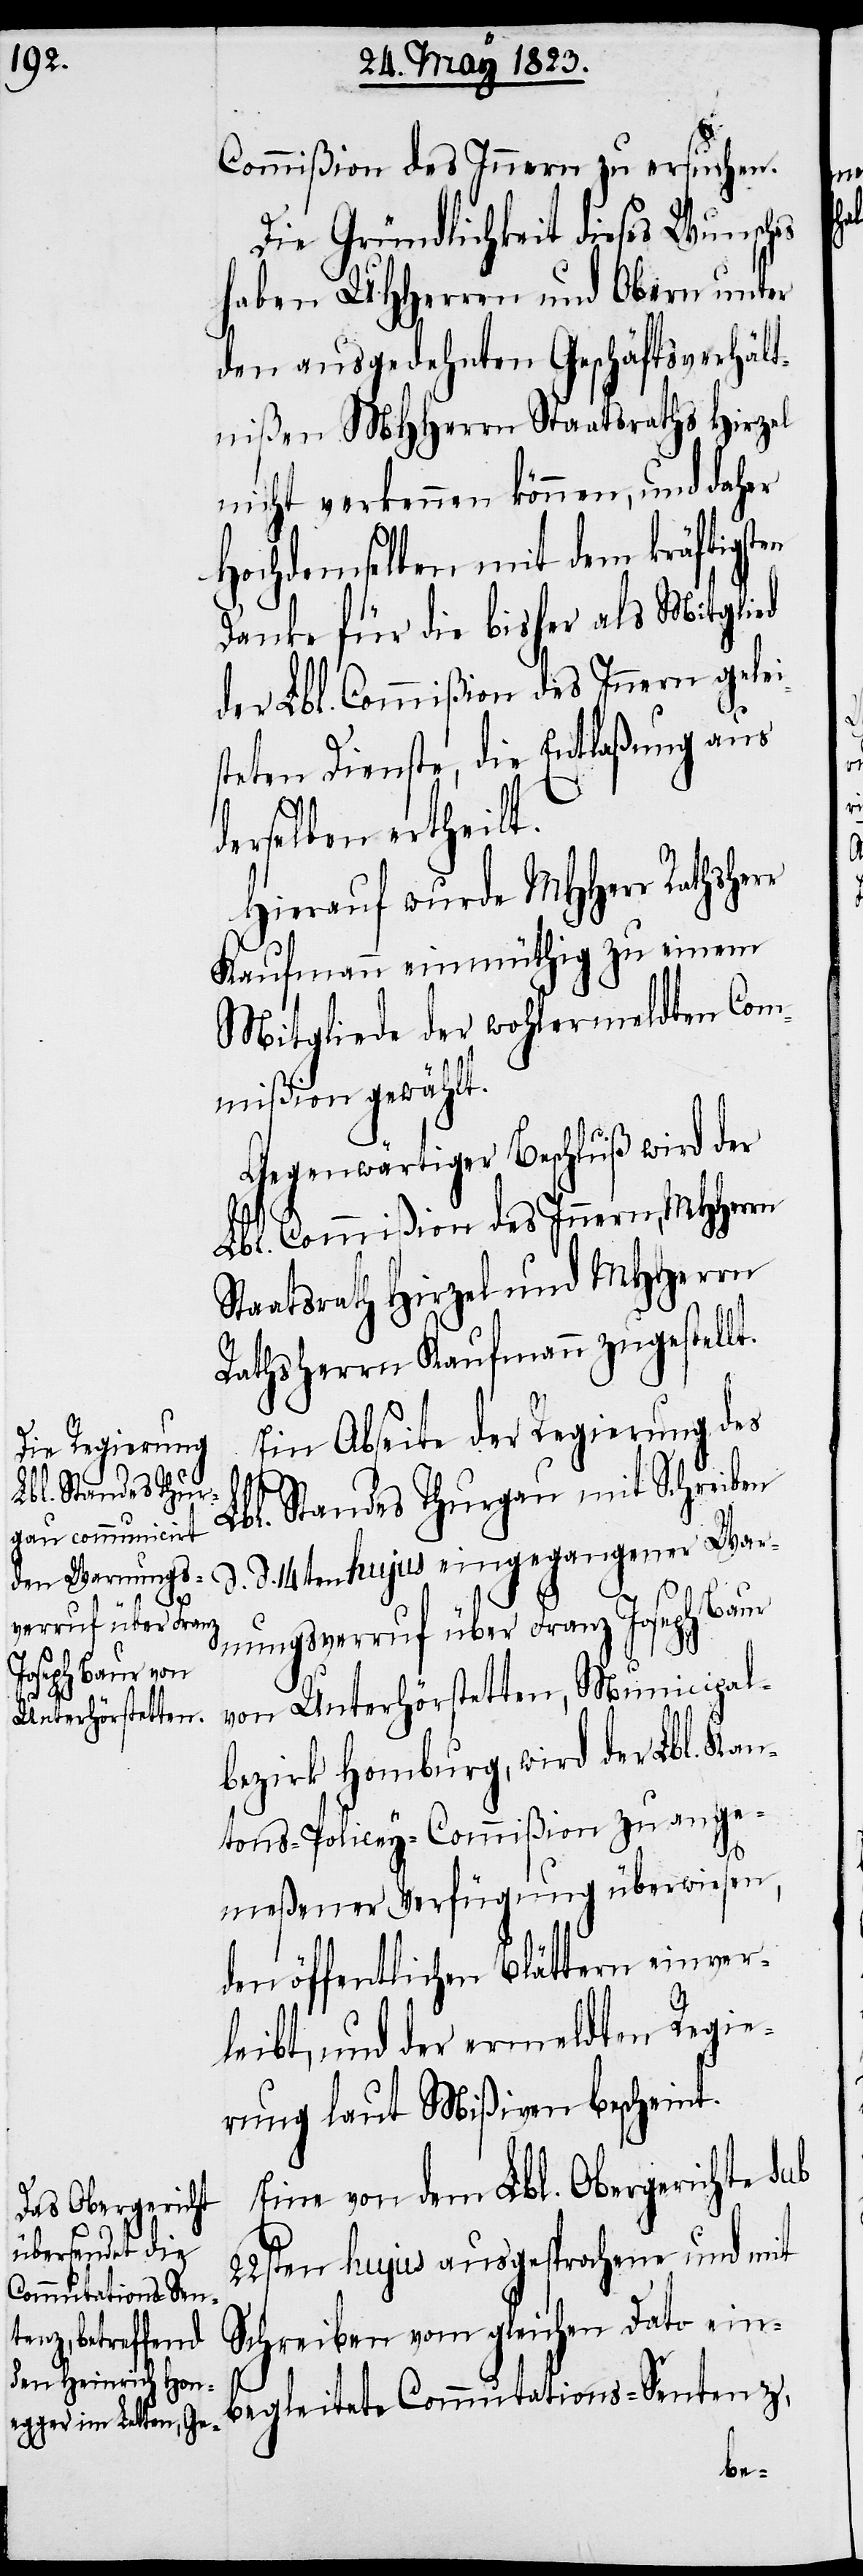
r

Commißion des Innern zu ersuchen.
Die Gründlichkeit dieses Wunsch¬
haben UHHerren und Obern unter
den ausgedehnten Geschäftsverhält¬
nißen MHHerrn Staatsraths Hirzel
nicht verkennen können, und daher
Hochdemselben mit dem kräftigsten
Danke für die bisher als Mitglied
der Lbl. Commißion des Innern gelei¬
steten Dienste, die Entlaßung aus
derselben ertheilt.
Hierauf wurde MHHerr Rathsher¬
Kaufmann einmüthig zu einem
Mitgliede der wohlermeldten Com¬
mißion gewählt.
Gegenwärtiger Beschluß wird der
Lbl. Commißion des Innern, MHHerrn
Staatsrath Hirzel und MHHerrn
Rathsherrn Kaufmann zugestellt.
Ein Abseite der Regierung des
Lbl. Standes Thurgau mit Schreiben
d. 14ten hujus eingegangener War¬
nungsverruf über Franz Joseph Baur
von Unterhörstetten, Municipal¬
bezirk Homburg, wird der Lbl. Kan¬
tons-Policey-Commißion zu ange¬
meßener Verfügung überwiesen,
den öffentlichen Blättern einver¬
leibt, und der ermeldten Regie¬
rung laut Mißiven bescheint.
Eine von dem Lbl. Obergerichte sub
22sten hujus ausgesprochene und mit
Schreiben vom gleichen Dato ein¬
begleitete Commutations-Sentenz,